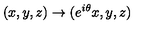
( x , y , z ) \to ( e ^ { i \theta } x , y , z )